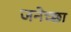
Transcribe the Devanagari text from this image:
जनेच्छा